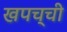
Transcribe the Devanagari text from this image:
खपच्ची